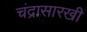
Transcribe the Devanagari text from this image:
चंद्रासारखी